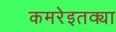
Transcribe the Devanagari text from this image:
कमरेइतक्या